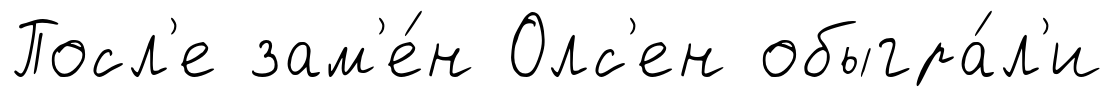
Посл'е зам'е́н Олс'ен обыгра́л'и